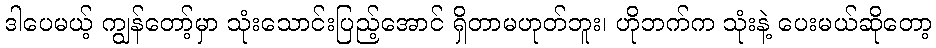
ဒါပေမယ့် ကျွန်တော့်မှာ သုံးသောင်းပြည့်အောင် ရှိတာမဟုတ်ဘူး၊ ဟိုဘက်က သုံးနဲ့ ပေးမယ်ဆိုတော့